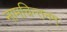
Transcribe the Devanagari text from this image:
नामचिन्तनम्